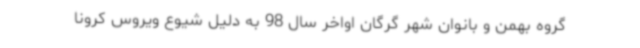
گروه بهمن و بانوان شهر گرگان اواخر سال 98 به دلیل شیوع ویروس کرونا